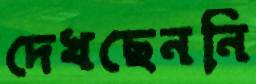
দেখছেননি